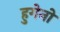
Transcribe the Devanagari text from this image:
हुगेनो